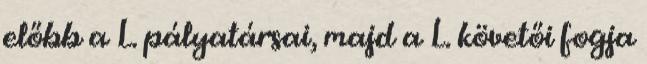
előbb a L. pályatársai, majd a L. követői fogja